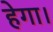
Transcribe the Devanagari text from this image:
हेगा।